65_HS1-834228961_62-HQ-83894_Section_10
Agency: FBI
Page 165
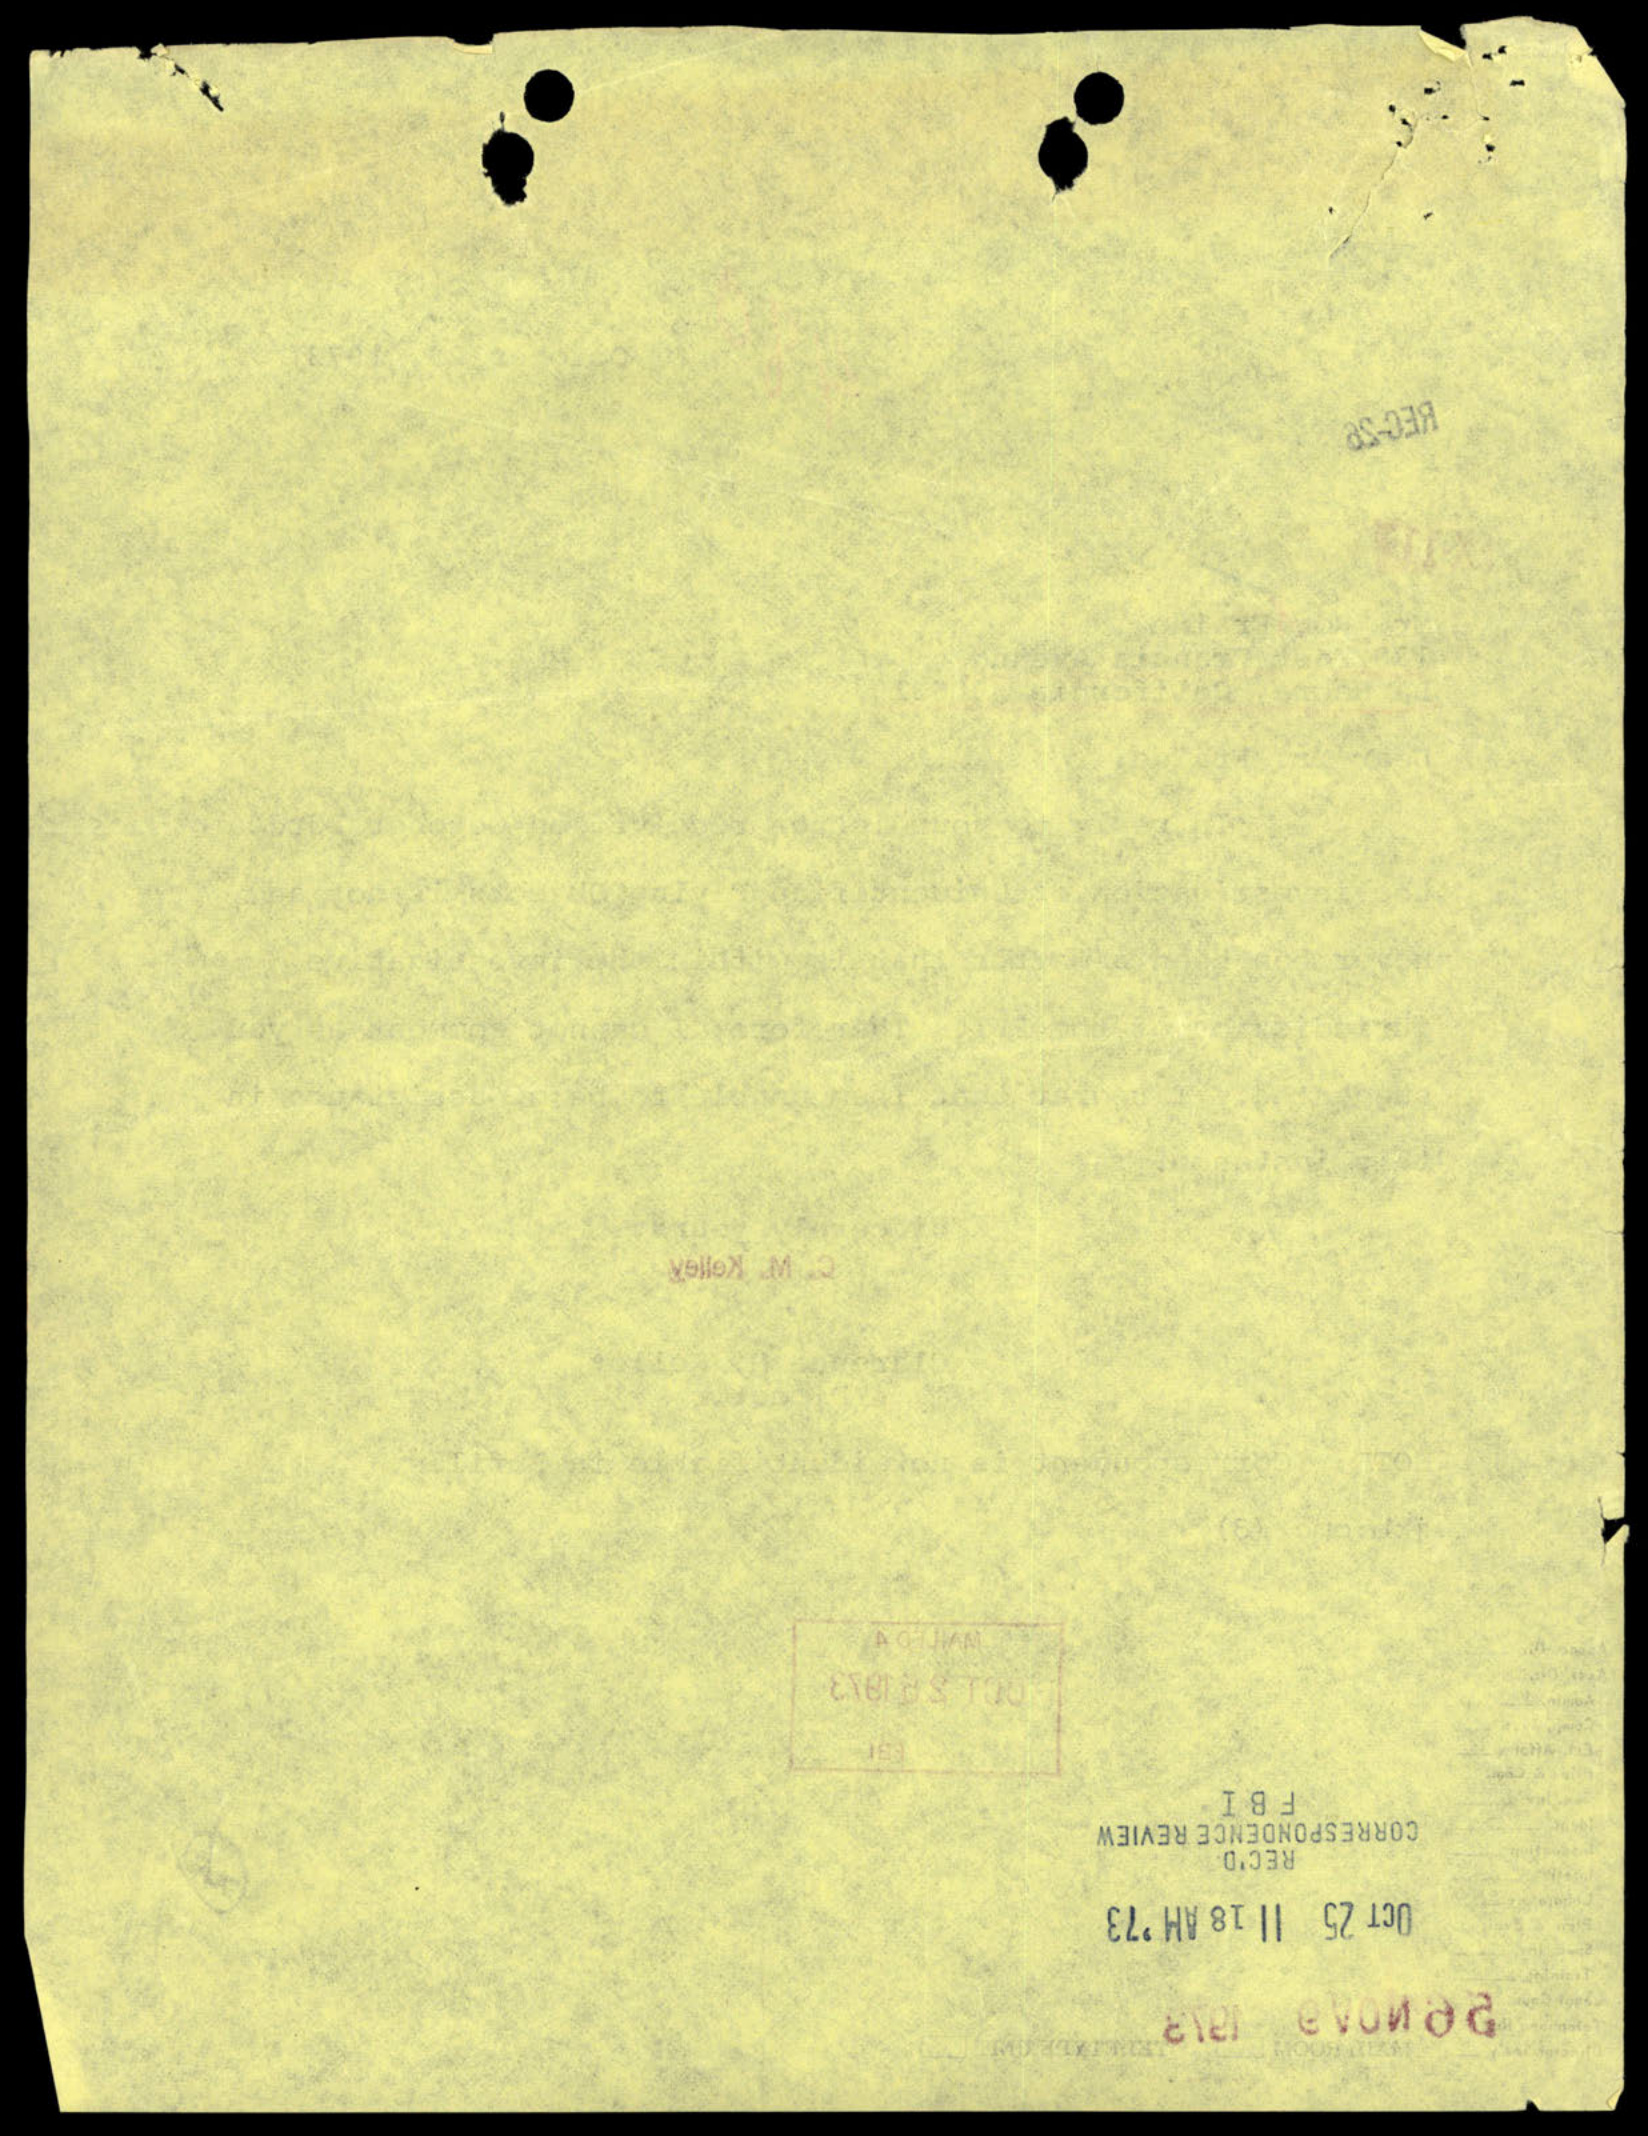